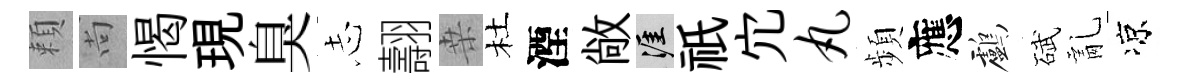
頼尚愒現臭𢖽翿桒杜湮敞涯祇宂丸頻應鸕碔亂凉